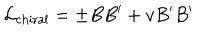
LaTeX: { \cal L } _ { \mathrm { c h i r a l } } = \pm \dot { B } B ^ { \prime } + v B ^ { \prime } B ^ { \prime }